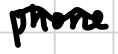
Text: phone
Cross-out: wave
Writing tool: digital_black